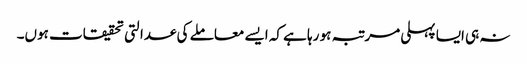
نہ ہی ایسا پہلی مرتبہ ہو رہا ہے کہ ایسے معاملے کی عدالتی تحقیقات ہوں۔